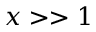
x > > 1